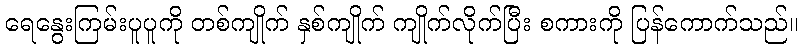
ရေနွေးကြမ်းပူပူကို တစ်ကျိုက် နှစ်ကျိုက် ကျိုက်လိုက်ပြီး စကားကို ပြန်ကောက်သည်။